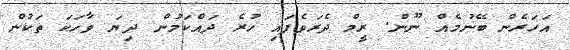
އަހަރެން ބޭނުމެއް ނޫން. ރީމް ދެރަވެފައި ހުރެ ދައްކަމުން ދިޔަ ވާހަކަ ތަކުން